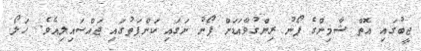
ޖީބުގައި އޮތް ޝާމިންގެ ފޯނު ރިންގުވާއަޑަށް ފޯނު ނަގައި ކަންފަތުގައި ޖައްސައިލިއެވެ. ހަލޯ